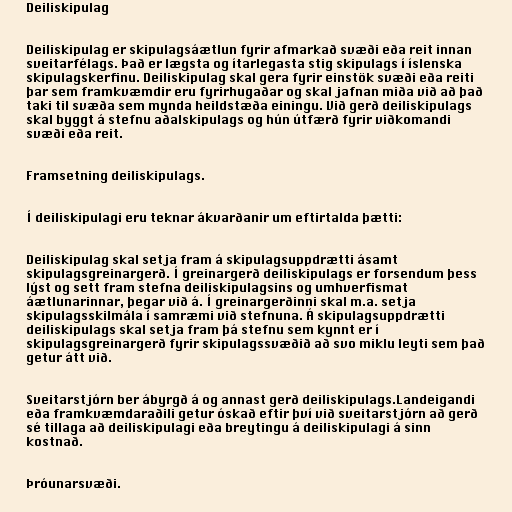
Deiliskipulag

Deiliskipulag er skipulagsáætlun fyrir afmarkað svæði eða reit innan
sveitarfélags. Það er lægsta og ítarlegasta stig skipulags í íslenska
skipulagskerfinu. Deiliskipulag skal gera fyrir einstök svæði eða reiti
þar sem framkvæmdir eru fyrirhugaðar og skal jafnan miða við að það
taki til svæða sem mynda heildstæða einingu. Við gerð deiliskipulags
skal byggt á stefnu aðalskipulags og hún útfærð fyrir viðkomandi
svæði eða reit.

Framsetning deiliskipulags.

Í deiliskipulagi eru teknar ákvarðanir um eftirtalda þætti:

Deiliskipulag skal setja fram á skipulagsuppdrætti ásamt
skipulagsgreinargerð. Í greinargerð deiliskipulags er forsendum þess
lýst og sett fram stefna deiliskipulagsins og umhverfismat
áætlunarinnar, þegar við á. Í greinargerðinni skal m.a. setja
skipulagsskilmála í samræmi við stefnuna. Á skipulagsuppdrætti
deiliskipulags skal setja fram þá stefnu sem kynnt er í
skipulagsgreinargerð fyrir skipulagssvæðið að svo miklu leyti sem það
getur átt við.

Sveitarstjórn ber ábyrgð á og annast gerð deiliskipulags.Landeigandi
eða framkvæmdaraðili getur óskað eftir því við sveitarstjórn að gerð
sé tillaga að deiliskipulagi eða breytingu á deiliskipulagi á sinn
kostnað.

Þróunarsvæði.